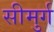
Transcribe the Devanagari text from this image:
सीमुर्ग